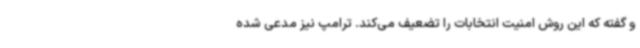
و گفته که این روش امنیت انتخابات را تضعیف می‌کند. ترامپ نیز مدعی شده